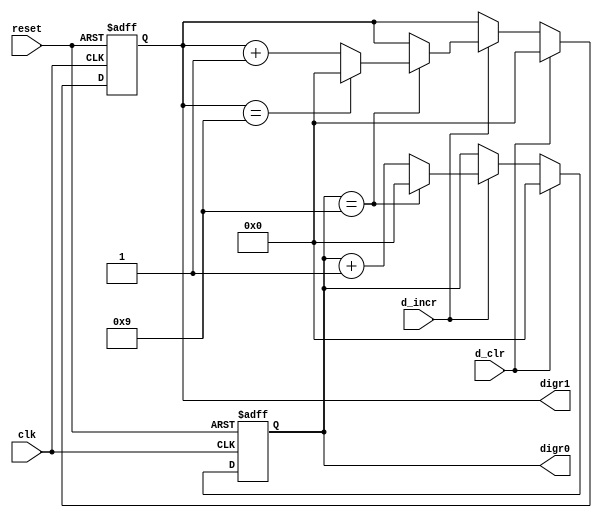
`timescale 1ns / 1ps
//////////////////////////////////////////////////////////////////////////////////
// Reference book: "FPGA Prototyping by Verilog Examples"
//                      "Xilinx Spartan-3 Version"
// Written by: Dr. Pong P. Chu
// Published by: Wiley, 2008
//
// Adapted for Basys 3 by David J. Marion aka FPGA Dude
//
//////////////////////////////////////////////////////////////////////////////////

module right_counter(
    input clk,
    input reset,
    input d_incr, d_clr,
    output [3:0] digr0, digr1
    );
    
    // signal declaration
    reg [3:0] r_digr0, r_digr1, digr0_next, digr1_next;
    
    // register control
    always @(posedge clk or posedge reset)
        if(reset) begin
            r_digr1 <= 0;
            r_digr0 <= 0;
        end
        
        else begin
            r_digr1 <= digr1_next;
            r_digr0 <= digr0_next;
        end
    
    // next state logic
    always @* begin
        digr0_next = r_digr0;
        digr1_next = r_digr1;
        
        if(d_clr) begin
            digr0_next <= 0;
            digr1_next <= 0;
        end
        
        else if(d_incr)
            if(r_digr0 == 9) begin
                digr0_next = 0;
                
                if(r_digr1 == 9)
                    digr1_next = 0;
                else
                    digr1_next = r_digr1 + 1;
            end
        
            else    // dig0 != 9
                digr0_next = r_digr0 + 1;
    end
    
    // output
    assign digr0 = r_digr0;
    assign digr1 = r_digr1;
    
endmodule